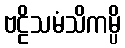
ဗဠိသမံသိကမ္ပိ